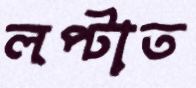
লপ্‌টাত